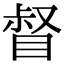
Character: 督